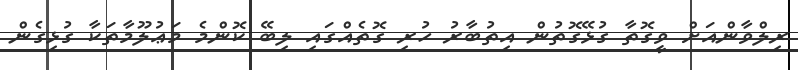
ރިލްވާންއަށް ވީގޮތާ ގުޅޭގޮތުން އިތުބާރު ހުރި ގޮތެއްގައި ލިބޭ ކޮންމެ މަޢުލޫމާތަކާ ގުޅިގެން